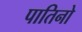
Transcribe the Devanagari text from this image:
पातिनो